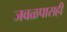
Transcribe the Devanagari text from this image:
जवळपासही